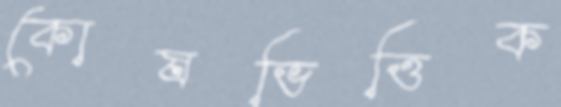
কোষভিত্তিক